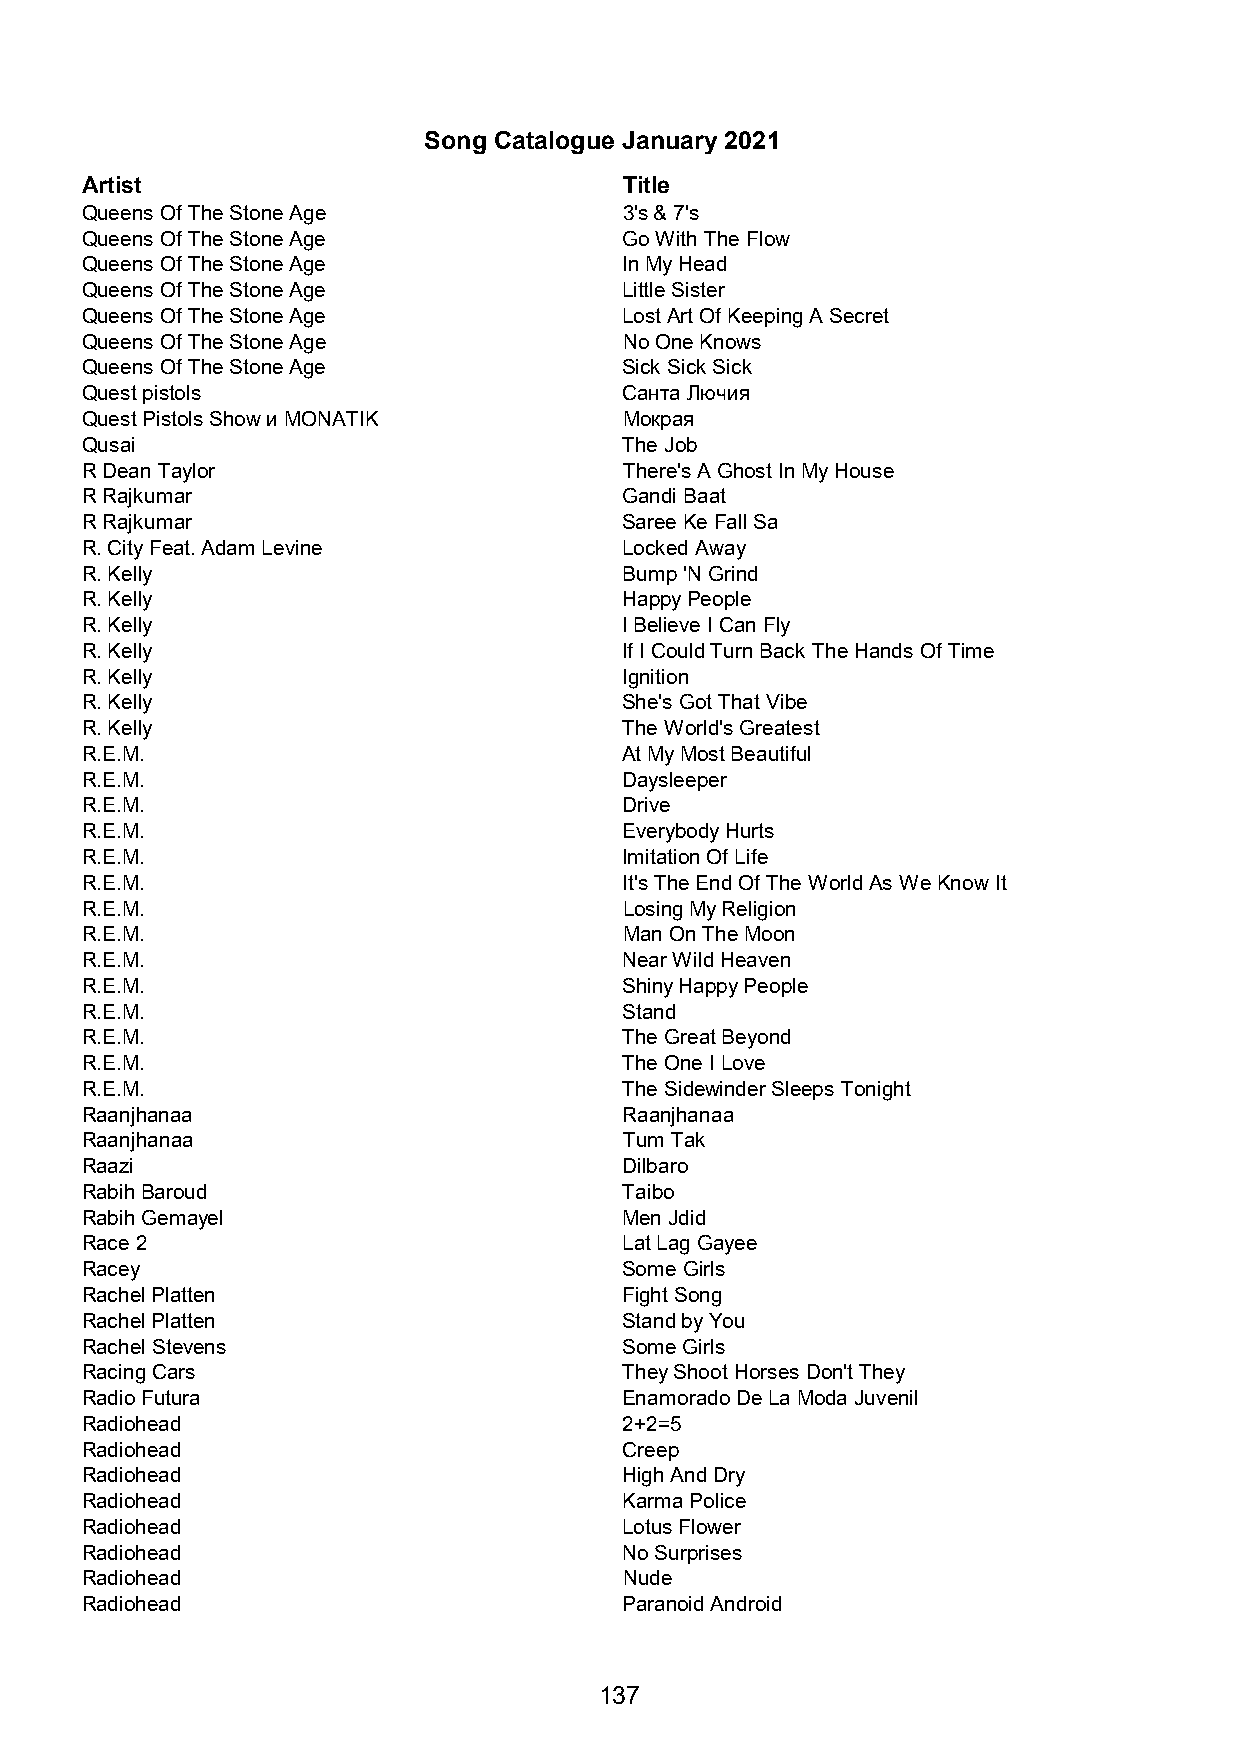
Song Catalogue January 2021
 Artist                              Title
 Queens Of The Stone Age             3's & 7's
 Queens Of The Stone Age             Go With The Flow
 Queens Of The Stone Age             In My Head
 Queens Of The Stone Age             Little Sister
 Queens Of The Stone Age             Lost Art Of Keeping A Secret
 Queens Of The Stone Age             No One Knows
 Queens Of The Stone Age             Sick Sick Sick
 Quest pistols                       Санта Лючия
 Quest Pistols Show и MONATIK        Мокрая
 Qusai                               The Job
 R Dean Taylor                       There's A Ghost In My House
 R Rajkumar                          Gandi Baat
 R Rajkumar                          Saree Ke Fall Sa
 R. City Feat. Adam Levine           Locked Away
 R. Kelly                            Bump 'N Grind
 R. Kelly                            Happy People
 R. Kelly                            I Believe I Can Fly
 R. Kelly                            If I Could Turn Back The Hands Of Time
 R. Kelly                            Ignition
 R. Kelly                            She's Got That Vibe
 R. Kelly                            The World's Greatest
 R.E.M.                              At My Most Beautiful
 R.E.M.                              Daysleeper
 R.E.M.                              Drive
 R.E.M.                              Everybody Hurts
 R.E.M.                              Imitation Of Life
 R.E.M.                              It's The End Of The World As We Know It
 R.E.M.                              Losing My Religion
 R.E.M.                              Man On The Moon
 R.E.M.                              Near Wild Heaven
 R.E.M.                              Shiny Happy People
 R.E.M.                              Stand
 R.E.M.                              The Great Beyond
 R.E.M.                              The One I Love
 R.E.M.                              The Sidewinder Sleeps Tonight
 Raanjhanaa                          Raanjhanaa
 Raanjhanaa                          Tum Tak
 Raazi                               Dilbaro
 Rabih Baroud                        Taibo
 Rabih Gemayel                       Men Jdid
 Race 2                              Lat Lag Gayee
 Racey                               Some Girls
 Rachel Platten                      Fight Song
 Rachel Platten                      Stand by You
 Rachel Stevens                      Some Girls
 Racing Cars                         They Shoot Horses Don't They
 Radio Futura                        Enamorado De La Moda Juvenil
 Radiohead                           2+2=5
 Radiohead                           Creep
 Radiohead                           High And Dry
 Radiohead                           Karma Police
 Radiohead                           Lotus Flower
 Radiohead                           No Surprises
 Radiohead                           Nude
 Radiohead                           Paranoid Android
 137